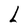
Character: L